Annual report on the working of the lock hospitals in the Central Provinces
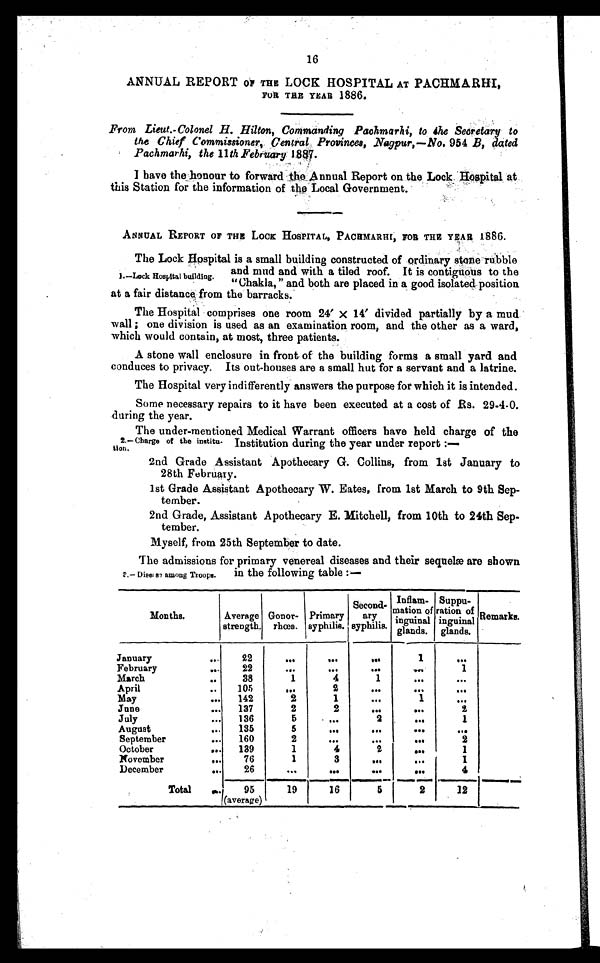
The admissions for primary venereal diseases and their sequelæ are shown
in the following table :—
3.— Dise 83 among Troops.
16
ANNUAL REPORT OF THE LOCK HOSPITAL AT
PACHMARHI, FOR THE YEAR 1886.
From Lieut.-Colonel H. Hilton, Commanding Pachmarhi, to the Secretary to
the Chief Commissioner, Central Provinces, Nagpur,—No. 9 5 4
B , d a t e d
Pachmarhi, the 11 th February 1887.
I have the honour to forward the Annual Report on the Lock Hospital, at
this Station for the information of the Local Government.
ANNUAL REPORT OF THE LOCK HOSPITAL, PACHMARHI, FOR THE YEAR 1886.
The Lock Hospital is a small building constructed of ordinary stone rubble
and mud and with a tiled roof. It is contiguous to the
"Chakla," and both are placed in a good isolated position
at a fair distance from the barracks.
The Hospital comprises one room 24´ x 14´ divided partially by a mud
wall ; one division is used as an examination room, and the other as a ward,
which would contain, at most, three patients.
A stone wall enclosure in front of the building forms a small yard and
conduces to privacy. Its out - houses are a small hut for a servant and a latrine.
The Hospital very indifferently answers the purpose for which it is intended.
Some necessary repairs to it have been executed at a cost of Rs. 29-4-0.
during the year.
The under-mentioned Medical Warrant officers have held charge of the
Institution during the year under report
:—
2nd Grade Assistant Apothecary G. Collins, from 1st January to
28th February.
1st Grade Assistant Apothecary W. Eates, from 1st March to 9th Sep-
tember.
2nd Grade, Assistant Apothecary E. Mitchell, from 10th to 24th Sep-
tember.
Myself, from 25th September to date.
I.—Lock Hospital building.
2.— Charge of the institu-
tion.
Months.
Average
strength.
Gonor
- rhœa.
Primary
syphilis.
Second-
ary
syphilis.
Inflam-
mation of
inguinal
glands.
Suppu-
ration of
inguinal
glands.
Remarks.
January
...
22
. . .
. . .
. . .
1
. . .
February
...
22
. . .
. . .
. . .
. . .
1
March
..
38
1
4
1
. . .
. . .
April
..
105
. . .
2
. . .
. . .
...
May
...
142
2
1
...
1
...
June
...
137
2
2
. . .
. . .
2
July
...
136
5
. . .
2
. . .
1
August
...
135
5
. . .
•••
. . .
...
September
...
160
2
. . .
...
. . .
2
October
...
139
1
4
2
. . .
1
November
...
76
1
3
. . .
...
1
December
...
26
...
. . .
•••
. . .
4
Total
. . .
95
(average)
19
16
5
2
12